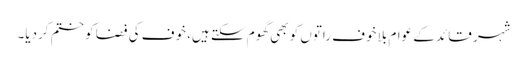
شہر قائد کے عوام بلا خوف راتوں کو بھی گھوم سکتے ہیں، خوف کی فضا کو ختم کردیا۔